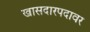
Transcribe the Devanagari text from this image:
खासदारपदावर